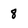
Character: 8